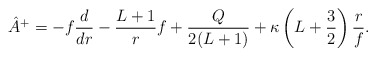
\begin{align*} \hat{A}^+ = - f \frac{d}{dr} - \frac{L+1}{r} f + \frac{Q}{2(L+1)} + \kappa \left(L+\frac{3}{2}\right) \frac{r}{f}.\end{align*}